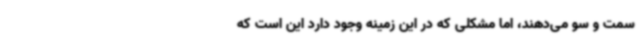
سمت و سو می‌دهند، اما مشکلی که در این زمینه وجود دارد این است که